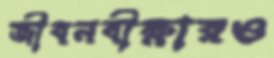
জীবনবীক্ষারও